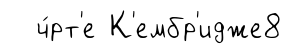
ч́рт'е К'ембр'идже8